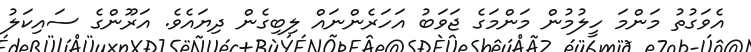
އެވަގުތު މަންމަ ހީލުމުން މަންމަގެ ޖަވަބު އަހަރެންނައް ލިބިގެން ދިޔައެވެ. އަރޫންގެ ސައިކަލު